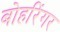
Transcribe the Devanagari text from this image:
बोहरिंगर